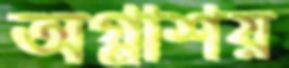
অগ্নাশয়